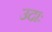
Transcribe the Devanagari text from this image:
उदाः